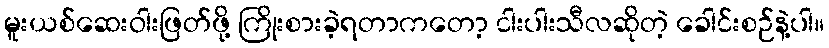
မူးယစ်ဆေးဝါးဖြတ်ဖို့ ကြိုးစားခဲ့ရတာကတော့ ငါးပါးသီလဆိုတဲ့ ခေါင်းစဉ်နဲ့ပါ။